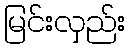
မြင်းလှည်း